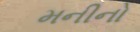
મનીનો